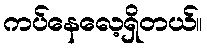
ကပ်နေလေ့ရှိတယ်။